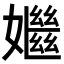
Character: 𡣦